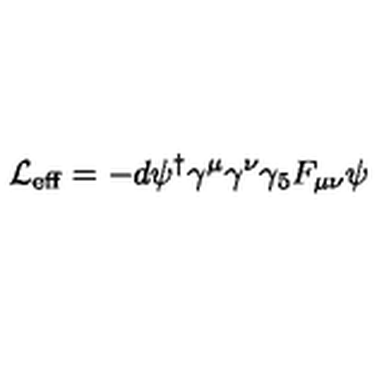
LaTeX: { \cal L } _ { \mathrm { \scriptsize e f f } } = - d \psi ^ { \dagger } \gamma ^ { \mu } \gamma ^ { \nu } \gamma _ { 5 } F _ { \mu \nu } \psi